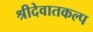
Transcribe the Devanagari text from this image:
श्रीदेवातकल्प